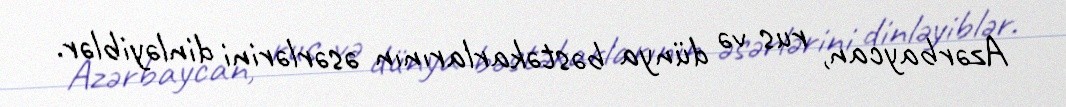
Azərbaycan, rus və dünya bəstəkarlarının əsərlərini dinləyiblər.